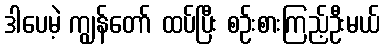
ဒါပေမဲ့ ကျွန်တော် ထပ်ပြီး စဉ်းစားကြည့်ဦးမယ်